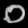
Digit: ၀